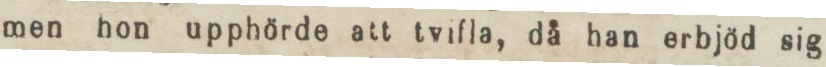
men hon upphörde att tvifla, då han erbjöd sig